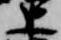
上